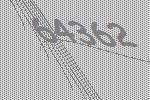
64362